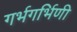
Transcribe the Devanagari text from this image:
गर्भगर्भिणी